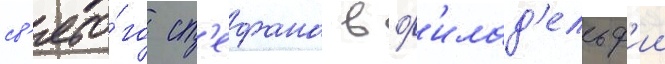
св'ято́го ст'ефана в ф'илад'ельф'ии